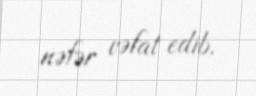
nəfər vəfat edib.